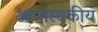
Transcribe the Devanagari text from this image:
आप्तस्वकीय